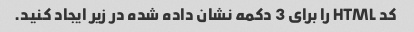
کد HTML را برای 3 دکمه نشان داده شده در زیر ایجاد کنید.